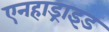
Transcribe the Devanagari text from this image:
एनहाड्राइड